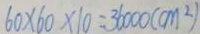
6 0 \times 6 0 \times 1 0 = 3 6 0 0 0 ( c m ^ { 2 } )